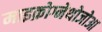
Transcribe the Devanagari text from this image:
माइक्रोग्नेथोजोआ